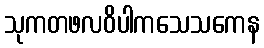
သုကတဖလဝိပါကသေသကေန